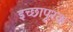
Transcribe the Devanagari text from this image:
इच्छापूरक